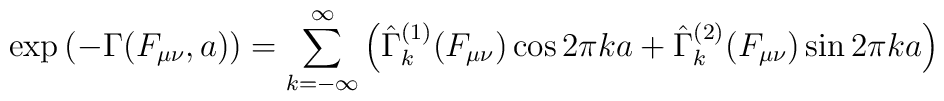
\exp\left( -\Gamma(F_{\mu\nu},a)\right)=\sum_{k=-\infty}^{\infty}\left(\hat\Gamma^{(1)}_k (F_{\mu\nu})\cos2\pi k a+\hat\Gamma^{(2)}_k(F_{\mu\nu})\sin 2\pi k a \right)